Vaccination United Provinces of Agra and Oudh 1902-1913 - 1902-1913
Year: 1902
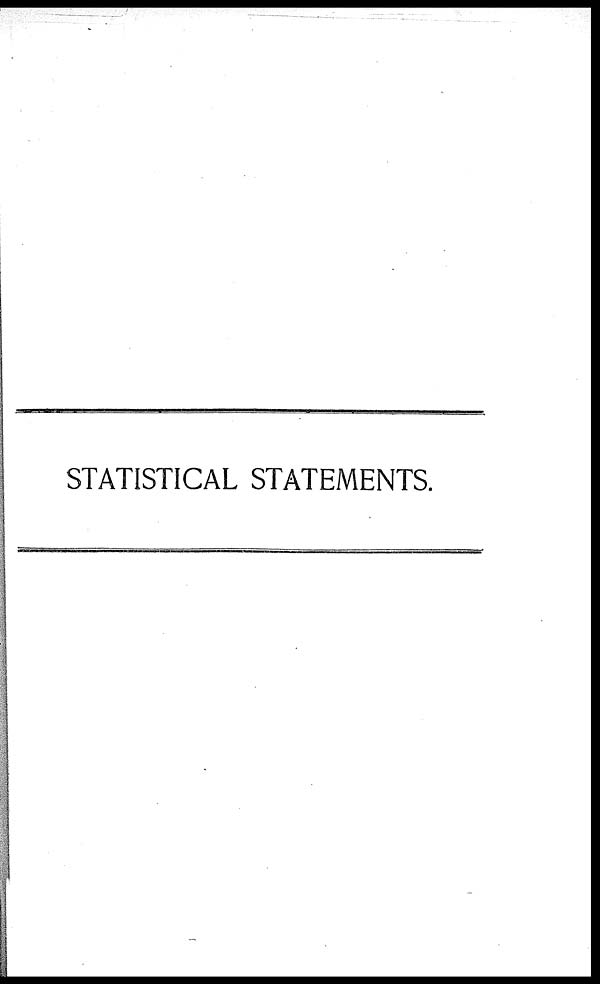
STATISTICAL STATEMENTS.